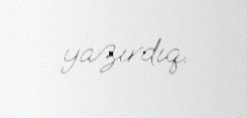
yazırdıq.